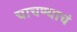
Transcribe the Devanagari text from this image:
चाचण्याचं